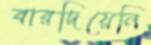
বারদিয়েনি